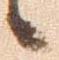
候